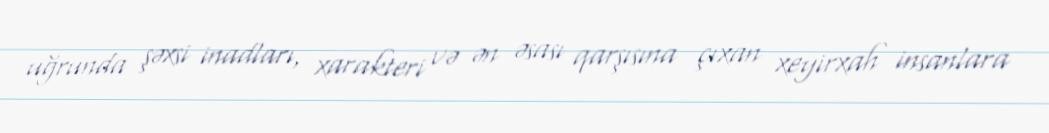
uğrunda şəxsi inadları, xarakteri və ən əsası qarşısına çıxan xeyirxah insanlara